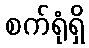
စက်ရုံရှိ